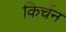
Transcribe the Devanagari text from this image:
किर्चेन